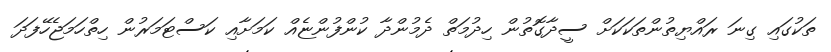
ތަކުގައި ގިނަ ރައްޔިތުންތަކަކަށް ސީދާގޮތުން ހިދުމަތް ދެމުންދާ ކުންފުންޏެއް ކަމަށާއި ކަސްޓަމަރުން ހިތްހަމަޖެހޭފަދަ